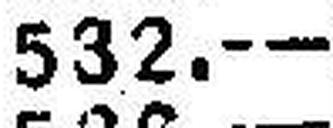
532.—